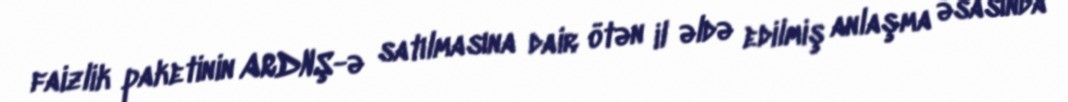
faizlik paketinin ARDNŞ-ə satılmasına dair ötən il əldə edilmiş anlaşma əsasında